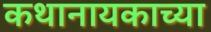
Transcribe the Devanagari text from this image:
कथानायकाच्या